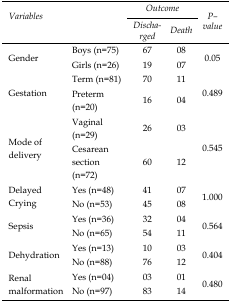
| <ROWSPAN=3> Variables | <ROWSPAN=3>  | <COLSPAN=2> Outcome | <ROWSPAN=3> P–value |
 | Discharged | Death |
 | --- | --- | --- | --- | --- |
 | <ROWSPAN=3> Gender | Boys (n=75) | 67 | 08 | <ROWSPAN=3> 0.05 |
 | Girls (n=26) | 19 | 07 |
 | Term (n=81) | 70 | 11 |
 | Gestation | Preterm (n=20) | 16 | 04 | 0.489 |
 | <ROWSPAN=2> Mode of delivery | Vaginal (n=29) | 26 | 03 | <ROWSPAN=2> 0.545 |
 | Cesarean section (n=72) | 60 | 12 |
 | <ROWSPAN=2> Delayed Crying | Yes (n=48) | 41 | 07 | <ROWSPAN=2> 1.000 |
 | No (n=53) | 45 | 08 |
 | <ROWSPAN=2> Sepsis | Yes (n=36) | 32 | 04 | <ROWSPAN=2> 0.564 |
 | No (n=65) | 54 | 11 |
 | <ROWSPAN=2> Dehydration | Yes (n=13) | 10 | 03 | <ROWSPAN=2> 0.404 |
 | No (n=88) | 76 | 12 |
 | <ROWSPAN=2> Renal malformation | Yes (n=04) | 03 | 01 | <ROWSPAN=2> 0.480 |
 | No (n=97) | 83 | 14 |